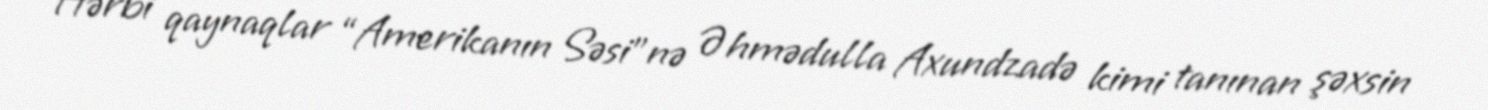
Hərbi qaynaqlar “Amerikanın Səsi”nə Əhmədulla Axundzadə kimi tanınan şəxsin